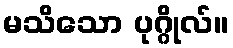
မသိသော ပုဂ္ဂိုလ်။